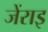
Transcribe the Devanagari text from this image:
जेंराइ